Leaving Certificate Examination (including Day School Certificate (Higher) General paper), 1926
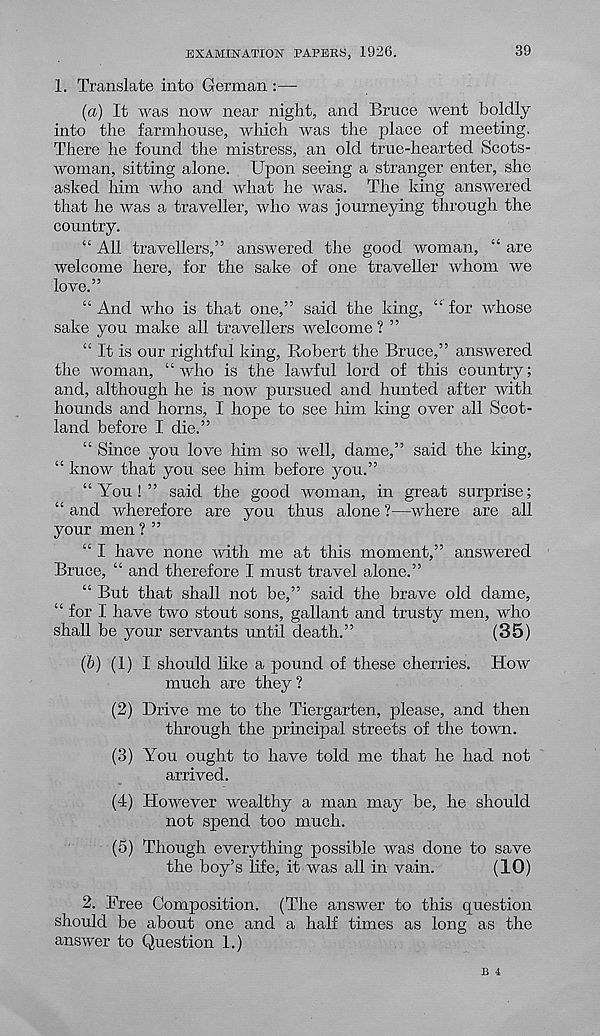
EXAMINATION PAPERS, 1926.
39
1. Translate into German :—
(а) It was now near night, and Bruce went boldly
into the farmhouse, which was the place of meeting.
There he found the mistress, an old true-hearted Scots-
woman, sitting alone. Upon seeing a stranger enter, she
asked him who and what he was. The king answered
that he was a traveller, who was journeying through the
country.
“ All travellers,” answered the good woman, “ are
welcome here, for the sake of one traveller whom we
love.”
“ And who is that one,” said the king, “ for whose
sake you make all travellers welcome? ”
“ It is our rightful king, Robert the Bruce,” answered
the woman, “who is the lawful lord of this country;
and, although he is now pursued and hunted after with
hounds and horns, I hope to see him king over all Scot-
land before I die.”
“ Since you love him so well, dame,” said the king,
“ know that you see him before you.”
“You!” said the good woman, in great surprise;
“ and wherefore are you thus alone ?—where are all
your men ? ”
“ I have none with me at this moment,” answered
Bruce, “ and therefore I must travel alone.”
“ But that shall not be,” said the brave old dame,
“ for I have two stout sons, gallant and trusty men, who
shall be your servants until death.”
(35)
(б) (1) I should like a pound of these cherries. How
much are they ?
(2) Drive me to the Tiergarten, please, and then
through the principal streets of the town.
(3) You ought to have told me that he had not
arrived.
(4) However wealthy a man may be, he should
not spend too much.
(5) Though everything possible was done to save
the boy’s life, it was all in vain.
(10)
2. Free Composition. (The answer to this question
should be about one and a half times as long as the
answer to Question 1.)
B 4